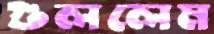
গুললেম